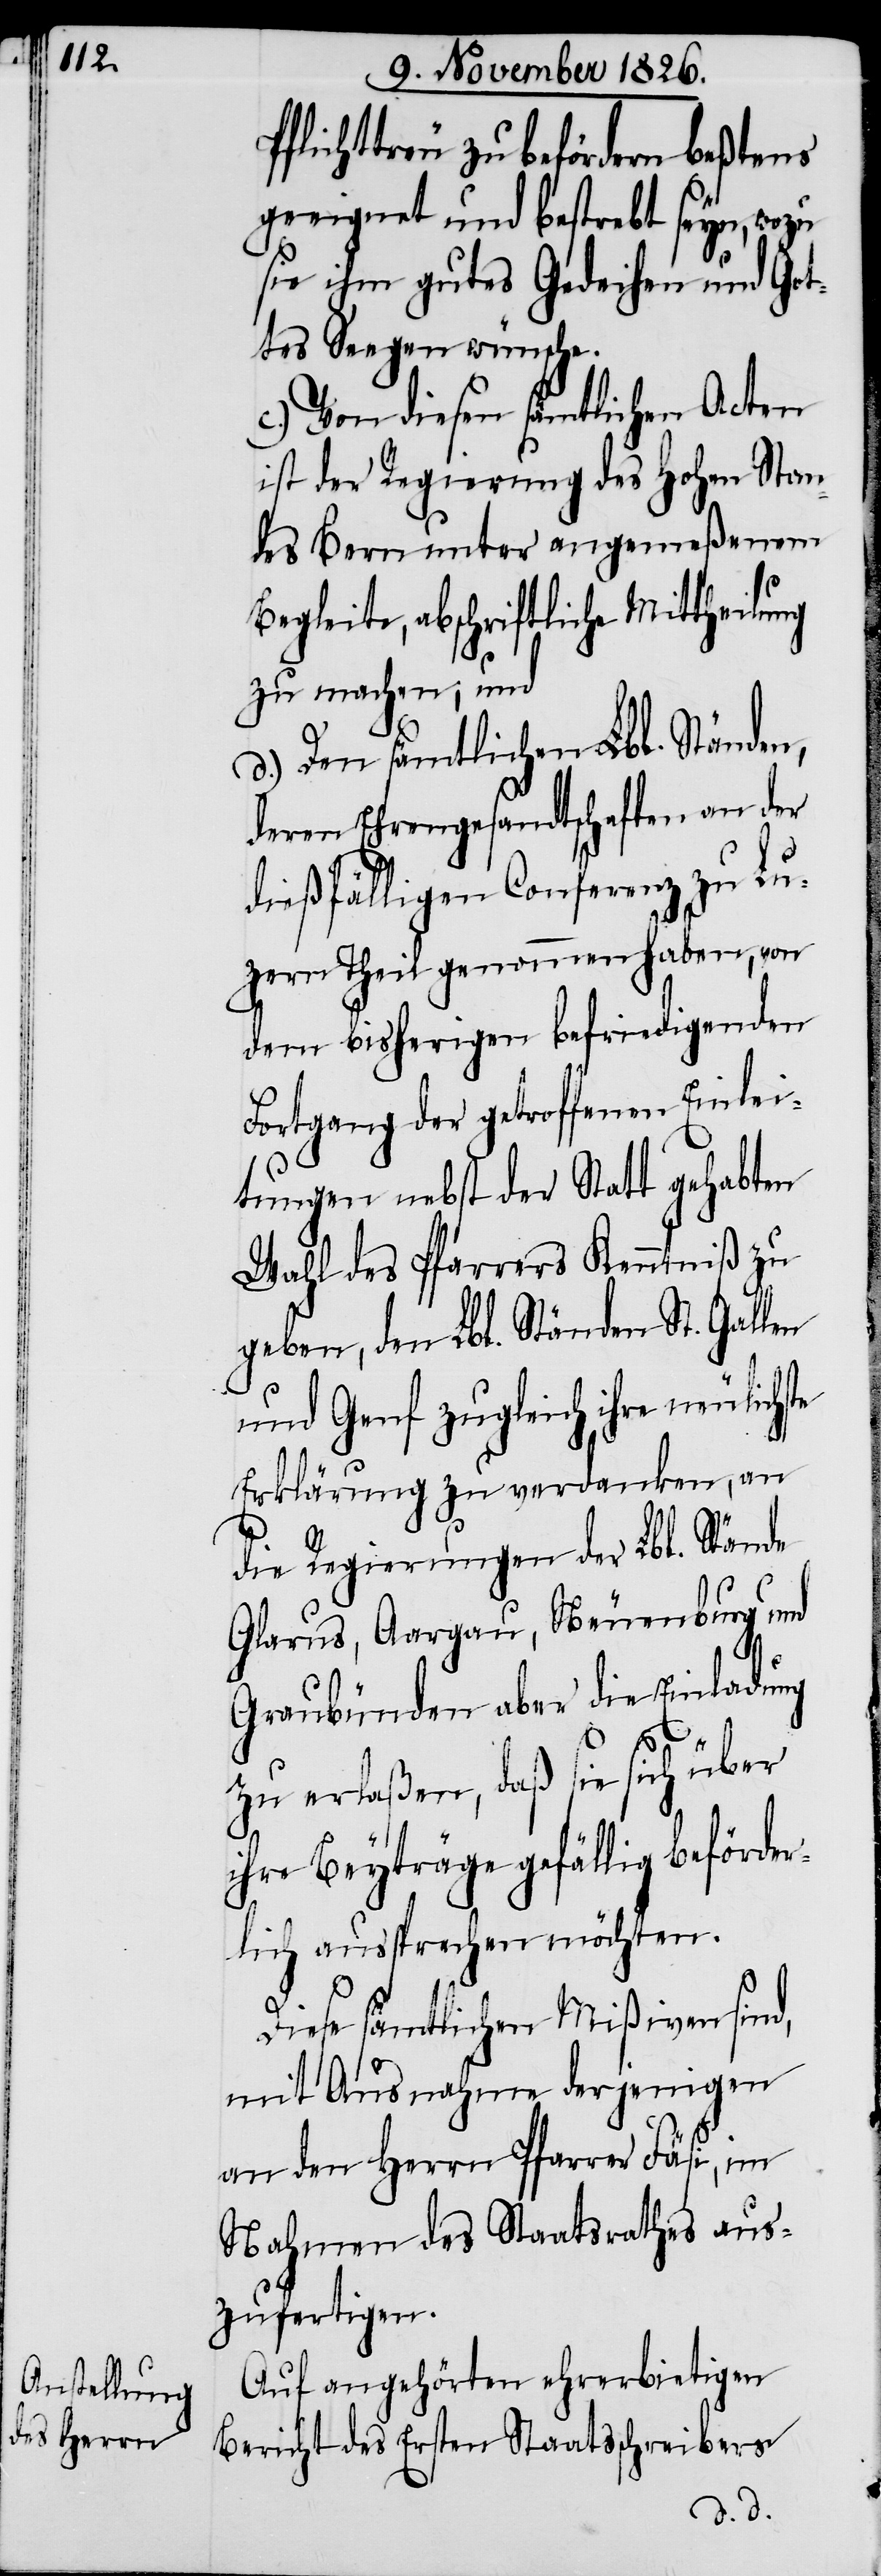
Pflichttreu zu befördern beßtens
geeignet und bestrebt seyn, wozu
sie ihm gutes Gedeihen und Got¬
tes Segen wünsche.
c.) Von diesen sämtlichen Acten
ist der Regierung des hohen Stan¬
des Bern unter angemeßenem
Begleite, abschriftliche Mittheilung
zu machen; und
d.) Den sämtlichen Lbl. Ständen,
deren Ehrengesandtschaften an der
dießfälligen Conferenz zu Lu¬
zern Theil genommen haben, von
dem bisherigen befriedigenden
Fortgang der getroffenen Einlei¬
tungen nebst der Statt gehabten
Wahl des Pfarrers Kenntniß zu
geben, den Lbl. Ständen St. Gallen
und Genf zugleich ihre neulichste
Erklärung zu verdanken, an
die Regierung der Lbl. Stände
Glarus, Aargau, Neuenburg und
Graubünden aber die Einladung
zu erlaßen, daß sie sich über
ihre Beyträge gefällig beförder¬
lich aussprechen möchten.
Diese sämtlichen Mißiven sind,
mit Ausnahme derjenigen
an den Herrn Pfarrer Fäsi, im
Nahmen des Staatsrathes aus¬
zufertigen.
Auf angehörten ehrerbietigen
Bericht des Ersten Staatsschreibers